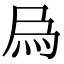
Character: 𤉢